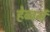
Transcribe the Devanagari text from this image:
हेब्बर्न